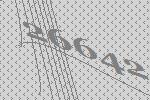
26642